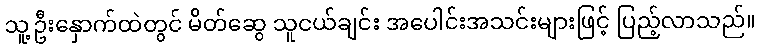
သူ့ဦးနှောက်ထဲတွင် မိတ်ဆွေ သူငယ်ချင်း အပေါင်းအသင်းများဖြင့် ပြည့်လာသည်။